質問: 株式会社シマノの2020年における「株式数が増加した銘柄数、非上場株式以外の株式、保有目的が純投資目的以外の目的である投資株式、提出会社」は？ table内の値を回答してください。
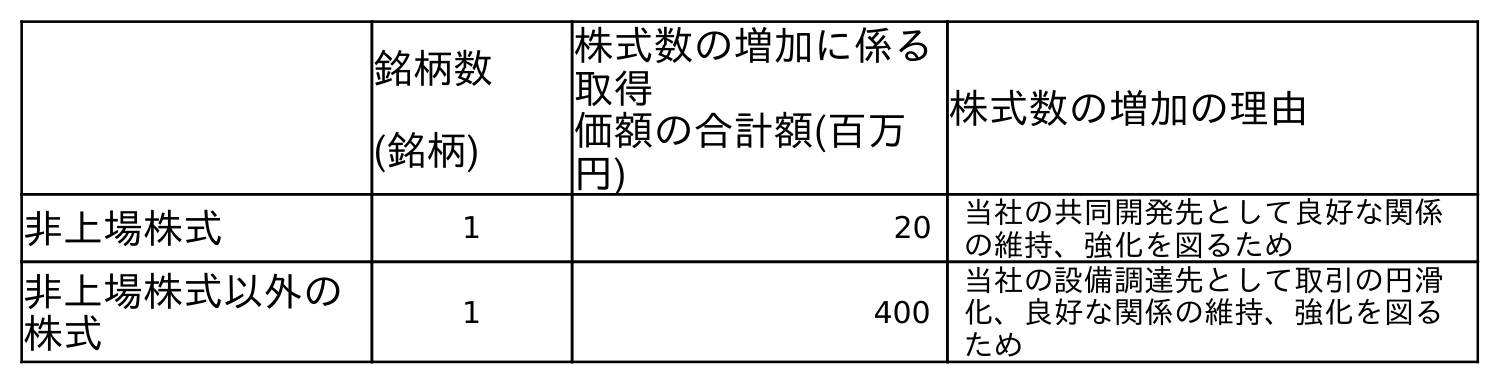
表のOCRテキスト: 銘柄数 (銘柄) 株式数の増加に係る 取得 価額の合計額(百万 円) 株式数の増加の理由 非上場株式 1 20 当社の共同開発先として良好な関係 の維持、強化を図るため 非上場株式以外の 株式 1 400 当社の設備調達先として取引の円滑 化、良好な関係の維持、強化を図る ため
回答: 1